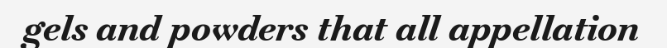
gels and powders that all appellation